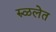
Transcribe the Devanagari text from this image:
रुळलेत